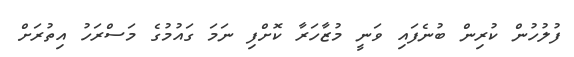
ފުލުހުން ކުރިން ބުނެފައި ވަނީ މުޒާހަރާ ކޮށްފި ނަމަ ގައުމުގެ މަސްރަހު އިތުރަށް